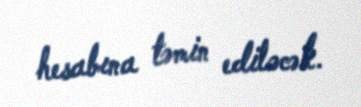
hesabına təmin ediləcək.